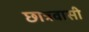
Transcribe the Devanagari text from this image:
छात्रवासी